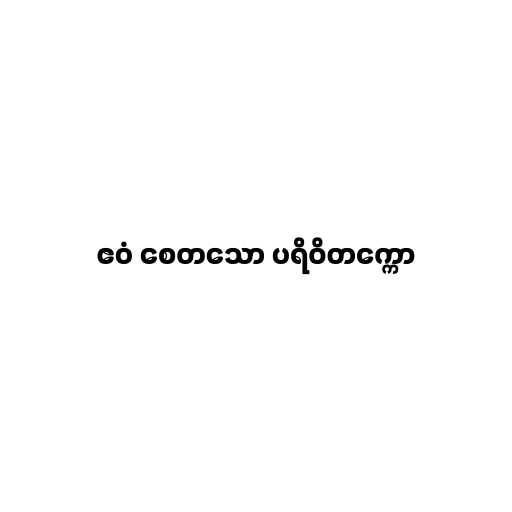
ဧဝံ စေတသော ပရိဝိတက္ကော